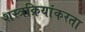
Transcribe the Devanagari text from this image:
शस्त्रक्रियांकरता